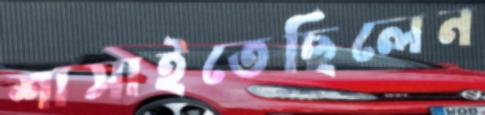
শাসাইতেছিলেন